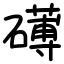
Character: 礡